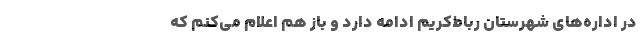
در اداره‌های شهرستان رباط‌کریم ادامه دارد و باز هم اعلام می‌کنم که